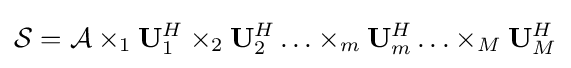
{\mathcal {S}}={\mathcal {A}}\times _{1}{\bf {U}}_{1}^{H}\times _{2}{\bf {U}}_{2}^{H}\ldots \times _{m}{\bf {U}}_{m}^{H}\ldots \times _{M}{\bf {U}}_{M}^{H}